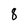
Character: 8